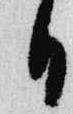
日